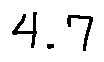
4 . 7